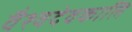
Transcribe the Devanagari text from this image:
वैश्वदेवकालि